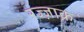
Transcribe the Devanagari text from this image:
रज्ज़ाक़